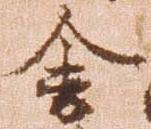
舎